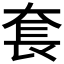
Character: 𡘷